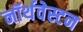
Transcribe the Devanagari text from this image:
नॉर्थवेस्टन